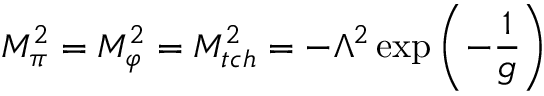
M _ { \pi } ^ { 2 } = M _ { \varphi } ^ { 2 } = M _ { t c h } ^ { 2 } = - \Lambda ^ { 2 } \exp \left( - \frac { 1 } { g } \right)